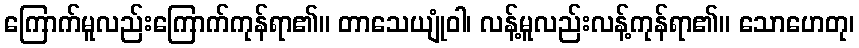
ကြောက်မူလည်းကြောက်ကုန်ရာ၏။ တာသေယျုံဝါ၊ လန့်မူလည်းလန့်ကုန်ရာ၏။ သောဟေတု၊